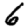
Digit: 6